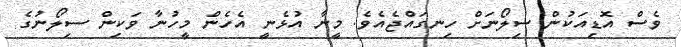
ވެސް އޮޑިއަކުން ސިލޯނަށް ހިނގައްޖެއެވެ. މީނާ އުޅެނީ އެހެން މީހުނާ ވަކިން ސިލޯނުގެ